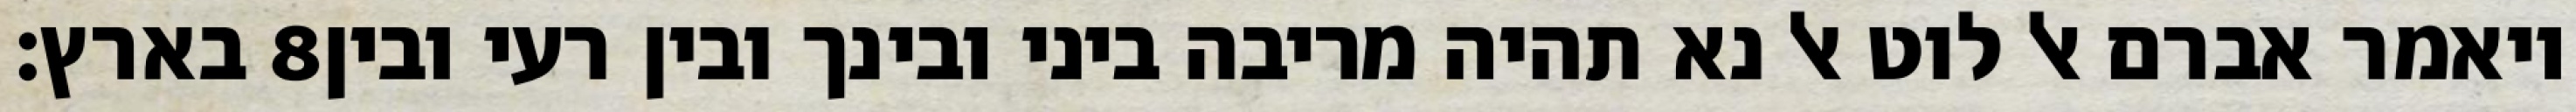
בארץ׃ ‎8‏ ויאמר אברם אל לוט אל נא תהיה מריבה ביני ובינך ובין רעי ובין